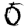
Digit: 0